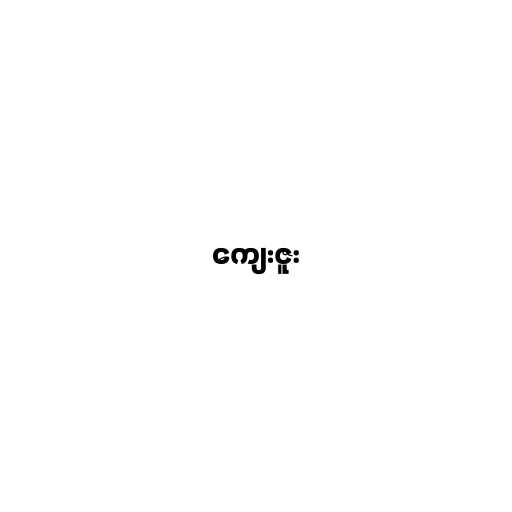
ကျေးဇူး